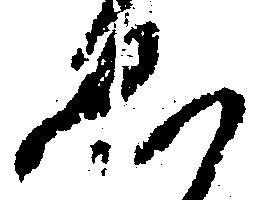
ゑ